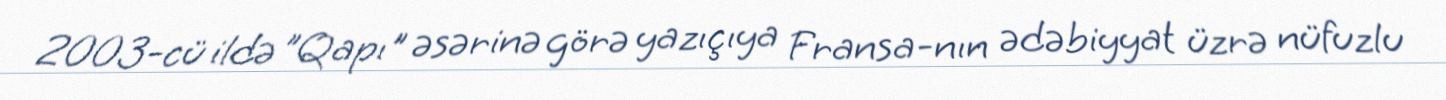
2003-cü ildə "Qapı" əsərinə görə yazıçıya Fransa-nın ədəbiyyat üzrə nüfuzlu